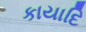
કાયાદિ